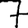
Digit: 7